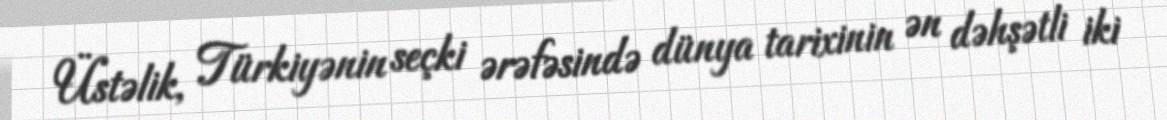
Üstəlik, Türkiyənin seçki ərəfəsində dünya tarixinin ən dəhşətli iki